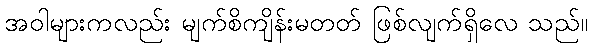
အဝါများကလည်း မျက်စိကျိန်းမတတ် ဖြစ်လျက်ရှိလေ သည်။